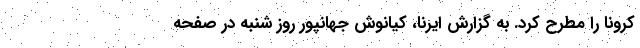
کرونا را مطرح کرد. به گزارش ایرنا، کیانوش جهانپور روز شنبه در صفحه